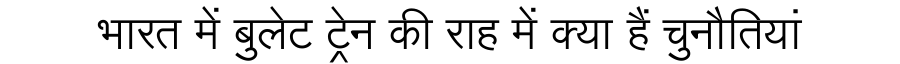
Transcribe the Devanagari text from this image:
भारत में बुलेट ट्रेन की राह में क्या हैं चुनौतियां